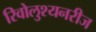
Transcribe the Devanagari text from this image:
रिवोलुश्यनरीज